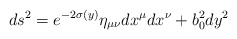
\begin{align*}ds^2=e^{-2\sigma(y)}\eta_{\mu\nu}dx^\mu dx^\nu+b_0^2 dy^2\end{align*}